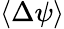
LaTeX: \langle\Delta\psi\rangle